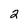
Character: 2